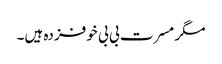
مگر مسرت بی بی خوفزدہ ہیں۔